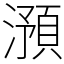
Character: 澦